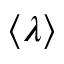
\left< \lambda \right>